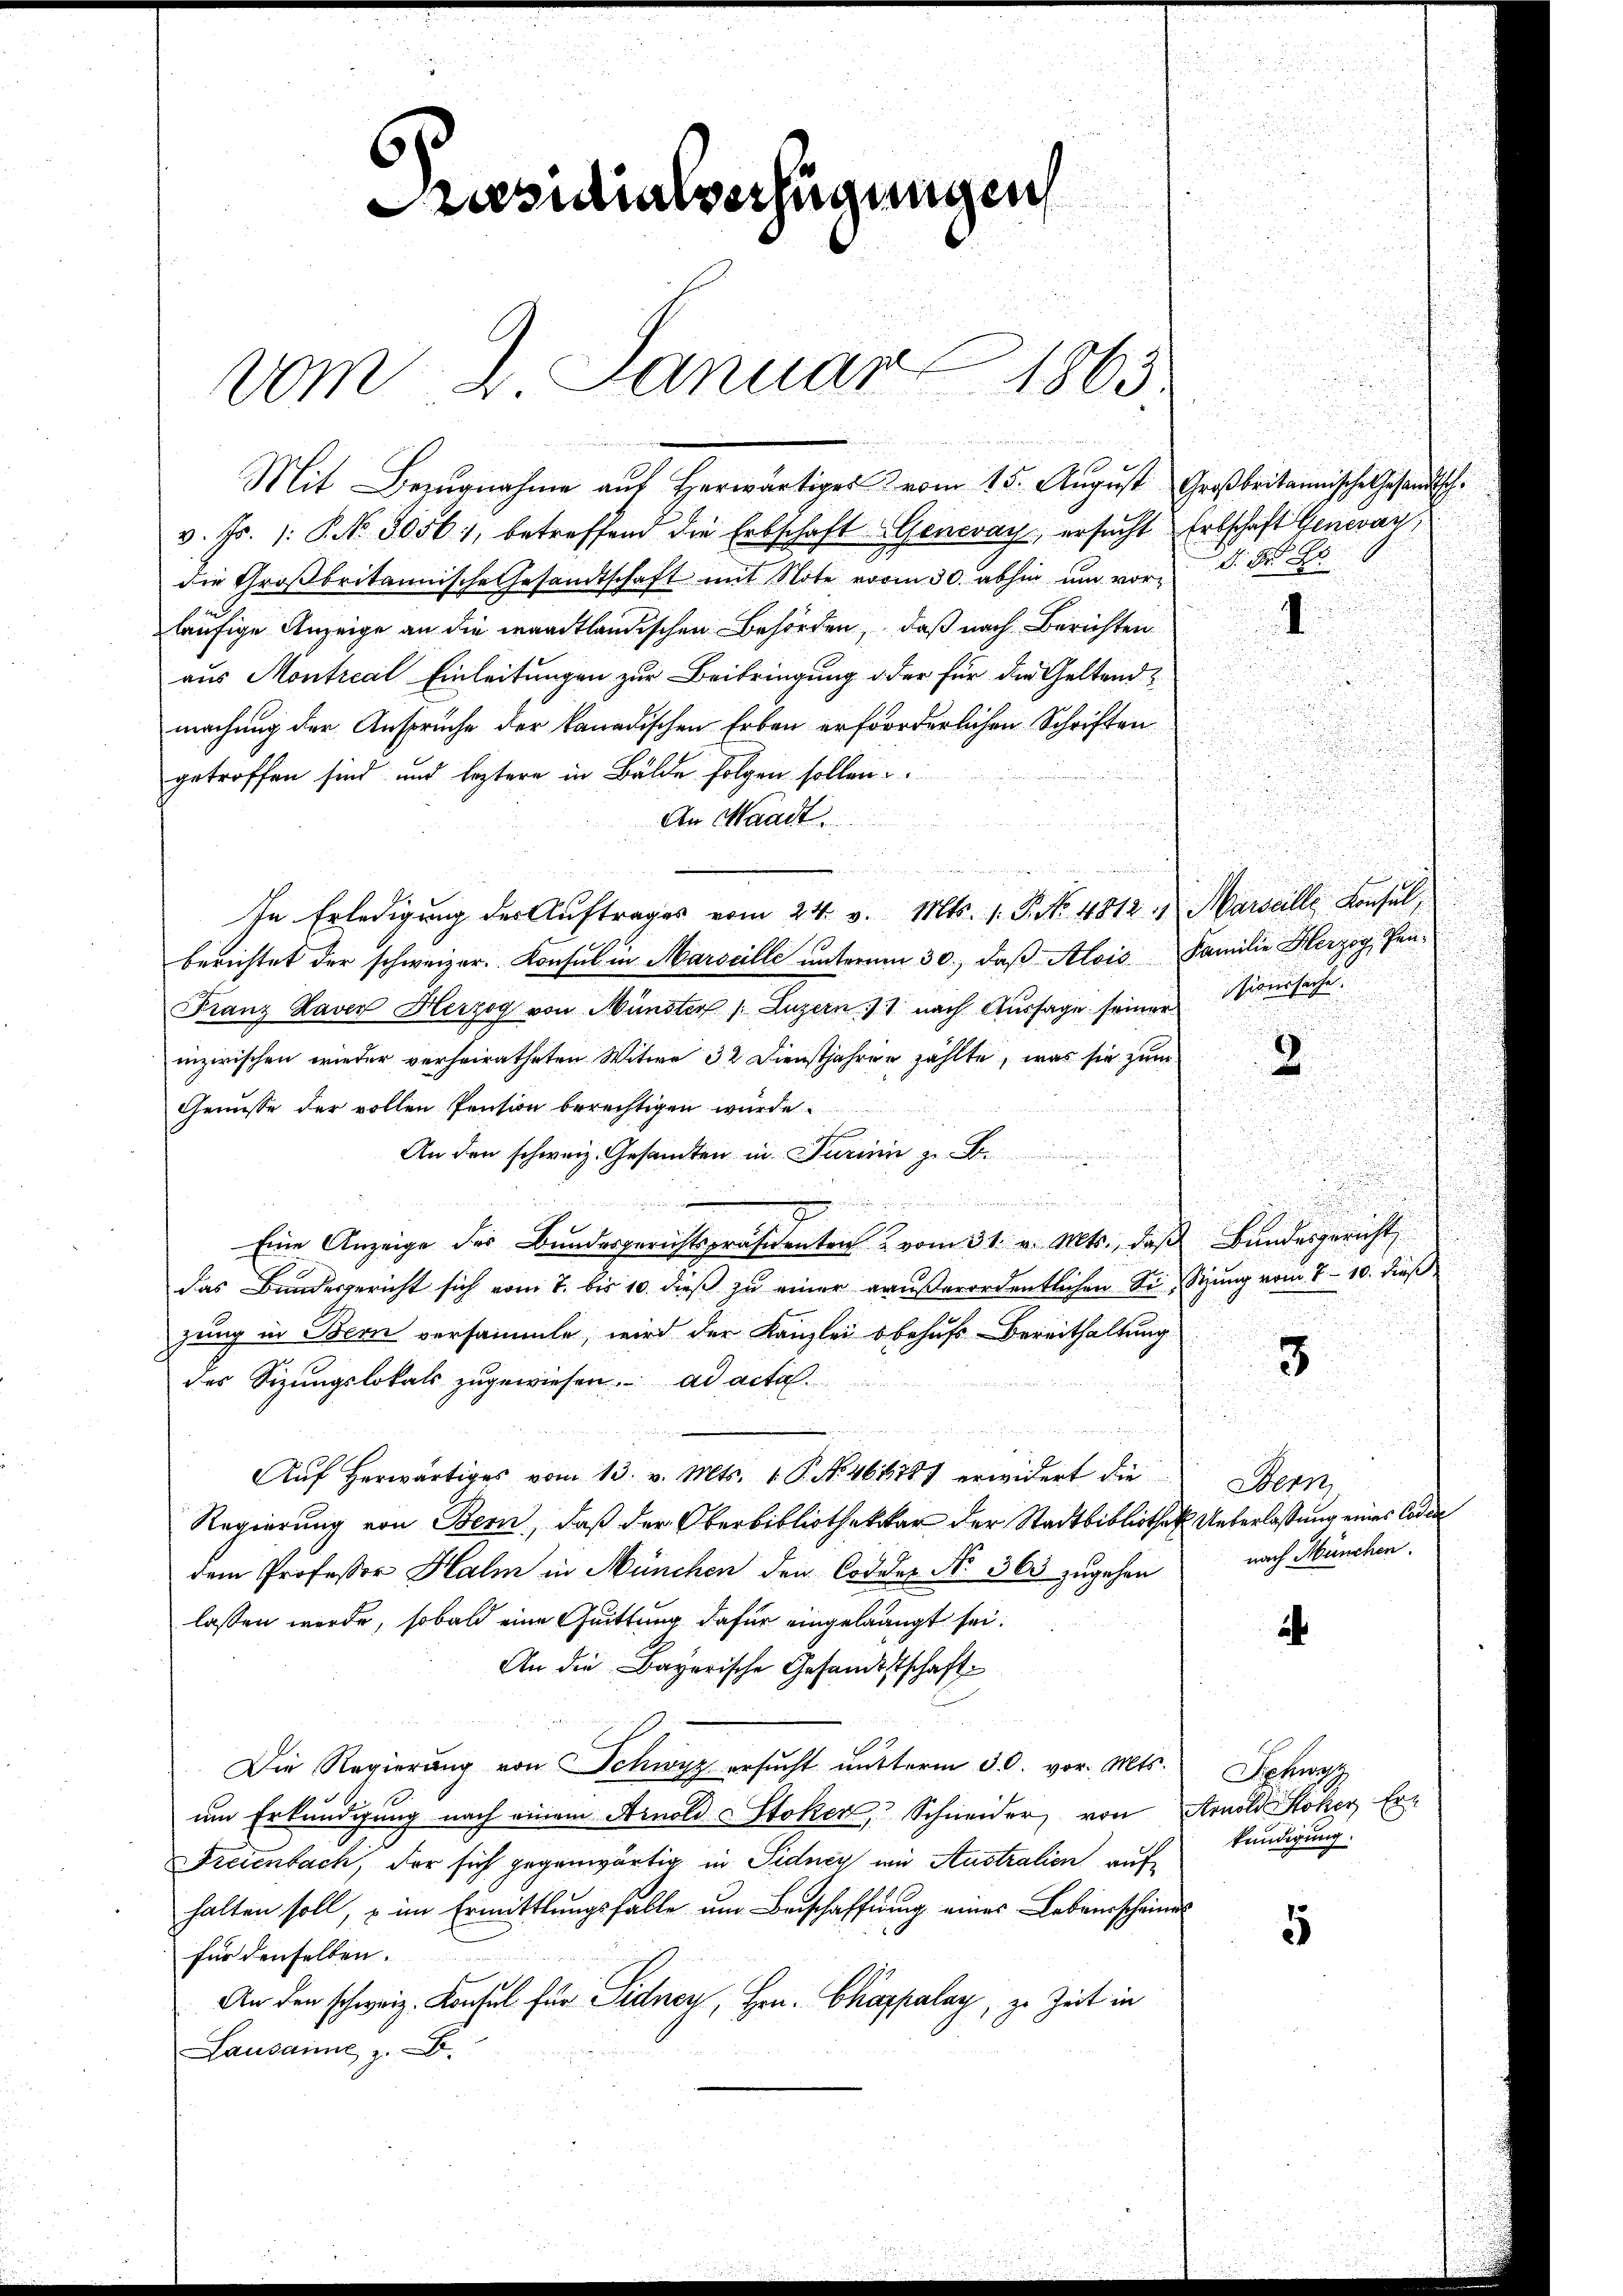
Präsidialverfügungen
vom 2. Januar 1865.

Mit Bezugnahme auf Herwärtiges vom 15. August Großbritannische Gesandtschv. Fr. 1. P. NNo. 5056), betreffend die Erbschaft Generay, ersucht Erbschaft Generach
die Großbritannische Gesandtschaft mit Note vom 30. abhin um vorläufige Anzeige an die waadtländischen Behörden, daß nach Berichten
aus Montreal Einleitungen zur Beibringung oder für die Geltendmachung der Anspruche der kanadischen Erben erforderlichen Schriften
getroffen sind und leztere in Bälde folgen sollen.
An Waadt.
u
In Erledigung der Auftrages vom 24. v. Mts. 1. P. No. 4812. Marseille Konsulberichtet der schweizer. Konsul in Marseille unterm 30., daß Alois Familie Herzog, Fen¬
Franz Laver Herzog von Münster (Luzern 17 nach Aussage seiner
inzwischen wieder verheiratheten Witwe 32 Dienstjahren zählte, was sie zum
Genüsse der vollen Pension berechtigen wurde.
An den schweiz. Gesandten in Turinie z. B.

Eine Anzeige des Bundesgerichtspräsidenten & vom 31. v. Mts., daß Bundesgericht
das Bundesgericht sich vom 7. bis 10. dieß zu einer raußerordentlichen Sie, Sitzung vom 8. 10. dieß
zung in Bern versammte, wird der Kanzlei behufs Bereithaltung
des Sizungslokals zugewiesen. ad acta
Aŭf herwärtiges vom 13. v. Mts. 1. P. No. 461787 erwidert die
Regierung von Bern, daß der Oberbibliothekar der Stadtbibliothek Unterlaßung eines Codedem Professor Halm in München den Codder No. 363 zugehen
lassen werde, sobald eine Quittung dafür eingelangt sei.
An die Bayerische Gesandtschaft
Die Regierung von Schwyz ersucht nutterm 30. vor. Mts.
um Erkundigung nach einem Arnold Stoker, Schneider, von Arnold Stoker, Er¬
Freienbach, der sich gegenwärtig in Sidney und Australien auf
halten soll, u im Ermittlungsfalle um Beischaffnung eines Lebensscheines
für denselben.
An den schweiz. Konsul für Sidney, Hrn. Chappalay, zu Zeit in
Lausamme z. B.

Nr. 8

sionssache

3

Stern
nach München.

Schwe
kundigung.

5